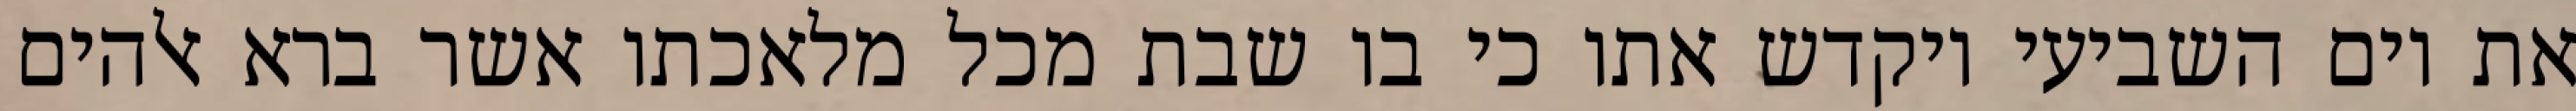
את יום השביעי ויקדש אתו כי בו שבת מכל מלאכתו אשר ברא אלהים